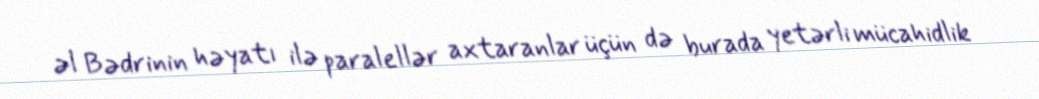
əl Bədrinin həyatı ilə paralellər axtaranlar üçün də burada yetərli mücahidlik